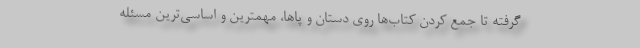
گرفته تا جمع کردن کتاب‌ها روی دستان و پاها، مهمترین و اساسی‌ترین مسئله